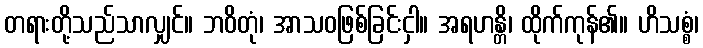
တရားတို့သည်သာလျှင်။ ဘဝိတုံ၊ အာသဝဖြစ်ခြင်းငှါ။ အရဟန္တိ၊ ထိုက်ကုန်၏။ ဟိသစ္စံ၊